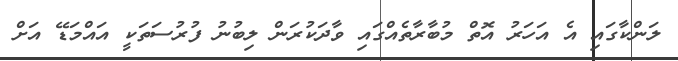
ލަންކާގައި އެ އަހަރު އޮތް މުބާރާތެއްގައި ވާދަކުރަން ލިބުނު ފުރުސަތަކީ އައްމަޑޭ އަށް